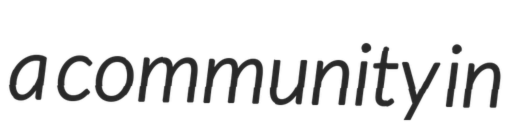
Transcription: a community in